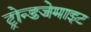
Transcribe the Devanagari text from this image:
ट्रोन्डजेमाइट